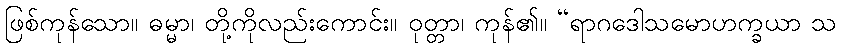
ဖြစ်ကုန်သော။ ဓမ္မာ၊ တို့ကိုလည်းကောင်း။ ဝုတ္တာ၊ ကုန်၏။ “ရာဂဒေါသမောဟက္ခယာ သ